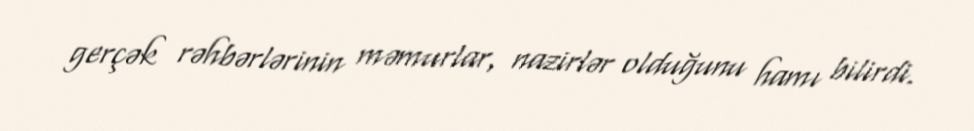
gerçək rəhbərlərinin məmurlar, nazirlər olduğunu hamı bilirdi.